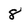
Character: 8